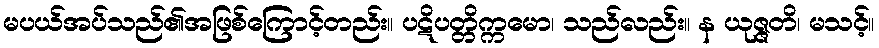
မပယ်အပ်သည်၏အဖြစ်ကြောင့်တည်း။ ပဋိပတ္တိက္ကမော၊ သည်လည်း။ န ယုဇ္ဇတိ၊ မသင့်။